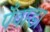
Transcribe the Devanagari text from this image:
पँवाडा